Epidemic dropsy in Calcutta - Number 49
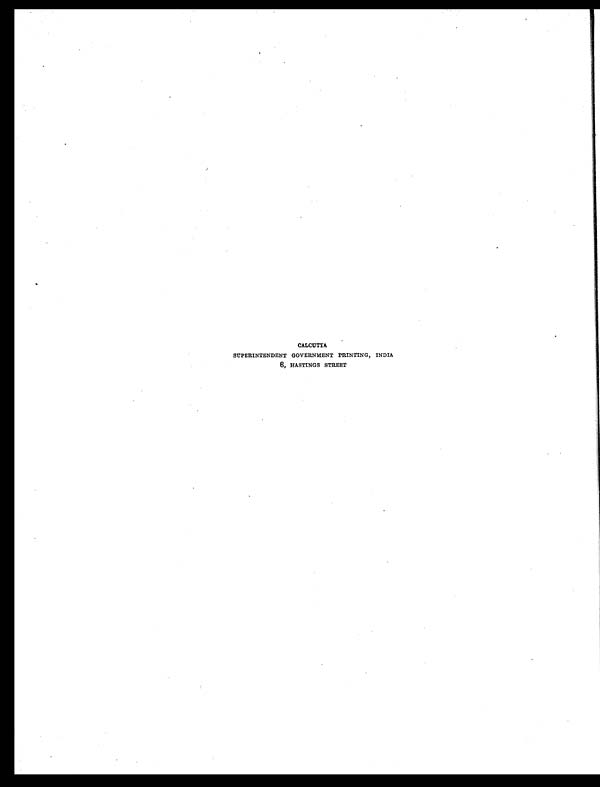
CALCUTTA
SUPERINTENDENT GOVERNMENT PRINTING, INDIA
8, HASTINGS STREET